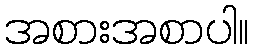
အစားအစာပါ။